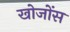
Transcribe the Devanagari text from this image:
खोजोंस